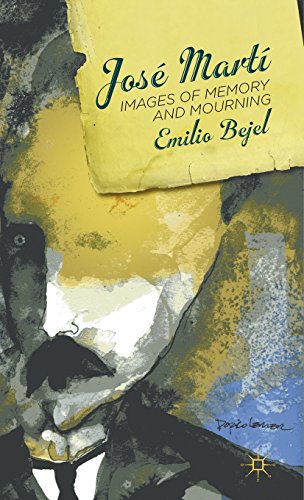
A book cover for JosÃ© MartÃ­: Images of Memory and Mourning; Emilio Bejel; Arts & Photography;